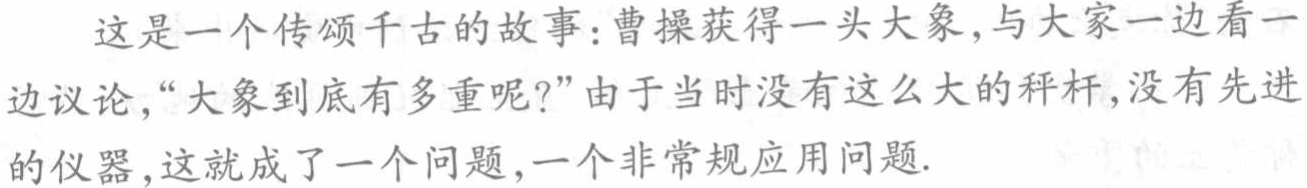
这是一个传颂千古的故事：曹操获得一头大象，与大家一边看一边议论，“大象到底有多重呢？”由于当时没有这么大的秤杆，没有先进的仪器，这就成了一个问题，一个非常规应用问题.